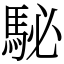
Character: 駜